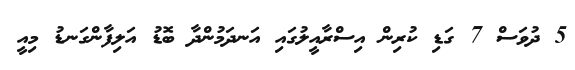
5 ދުވަސް 7 ގަޑި ކުރިން އިސްރާއީލުގައި އަނދަމުންދާ ބޮޑު އަލިފާންގަނޑު މިއީ